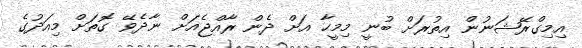
އިމިގްރޭޝަނުން އިތުރަށް ބުނީ މިމީހާ އަށް ދެން ރާއްޖެއަށް ނާދެވޭ ގޮތަށް މިއަދުގެ